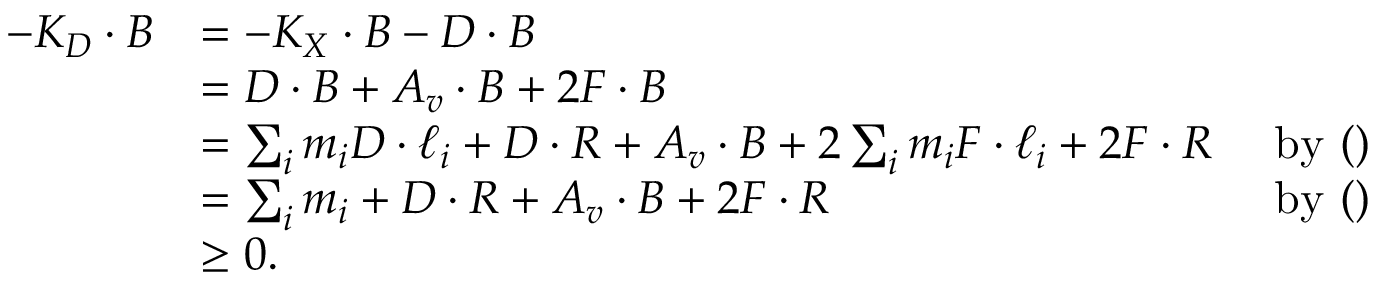
\begin{array} { r l r } { - K _ { D } \cdot B } & { = - K _ { X } \cdot B - D \cdot B } \\ & { = D \cdot B + A _ { v } \cdot B + 2 F \cdot B } \\ & { = \sum _ { i } m _ { i } D \cdot \ell _ { i } + D \cdot R + A _ { v } \cdot B + 2 \sum _ { i } m _ { i } F \cdot \ell _ { i } + 2 F \cdot R } & { \mathrm { ~ b y ~ ( ) } } \\ & { = \sum _ { i } m _ { i } + D \cdot R + A _ { v } \cdot B + 2 F \cdot R } & { \mathrm { ~ b y ~ ( ) } } \\ & { \geq 0 . } \end{array}